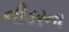
નીડરતા